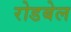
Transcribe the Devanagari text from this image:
रोडबेल